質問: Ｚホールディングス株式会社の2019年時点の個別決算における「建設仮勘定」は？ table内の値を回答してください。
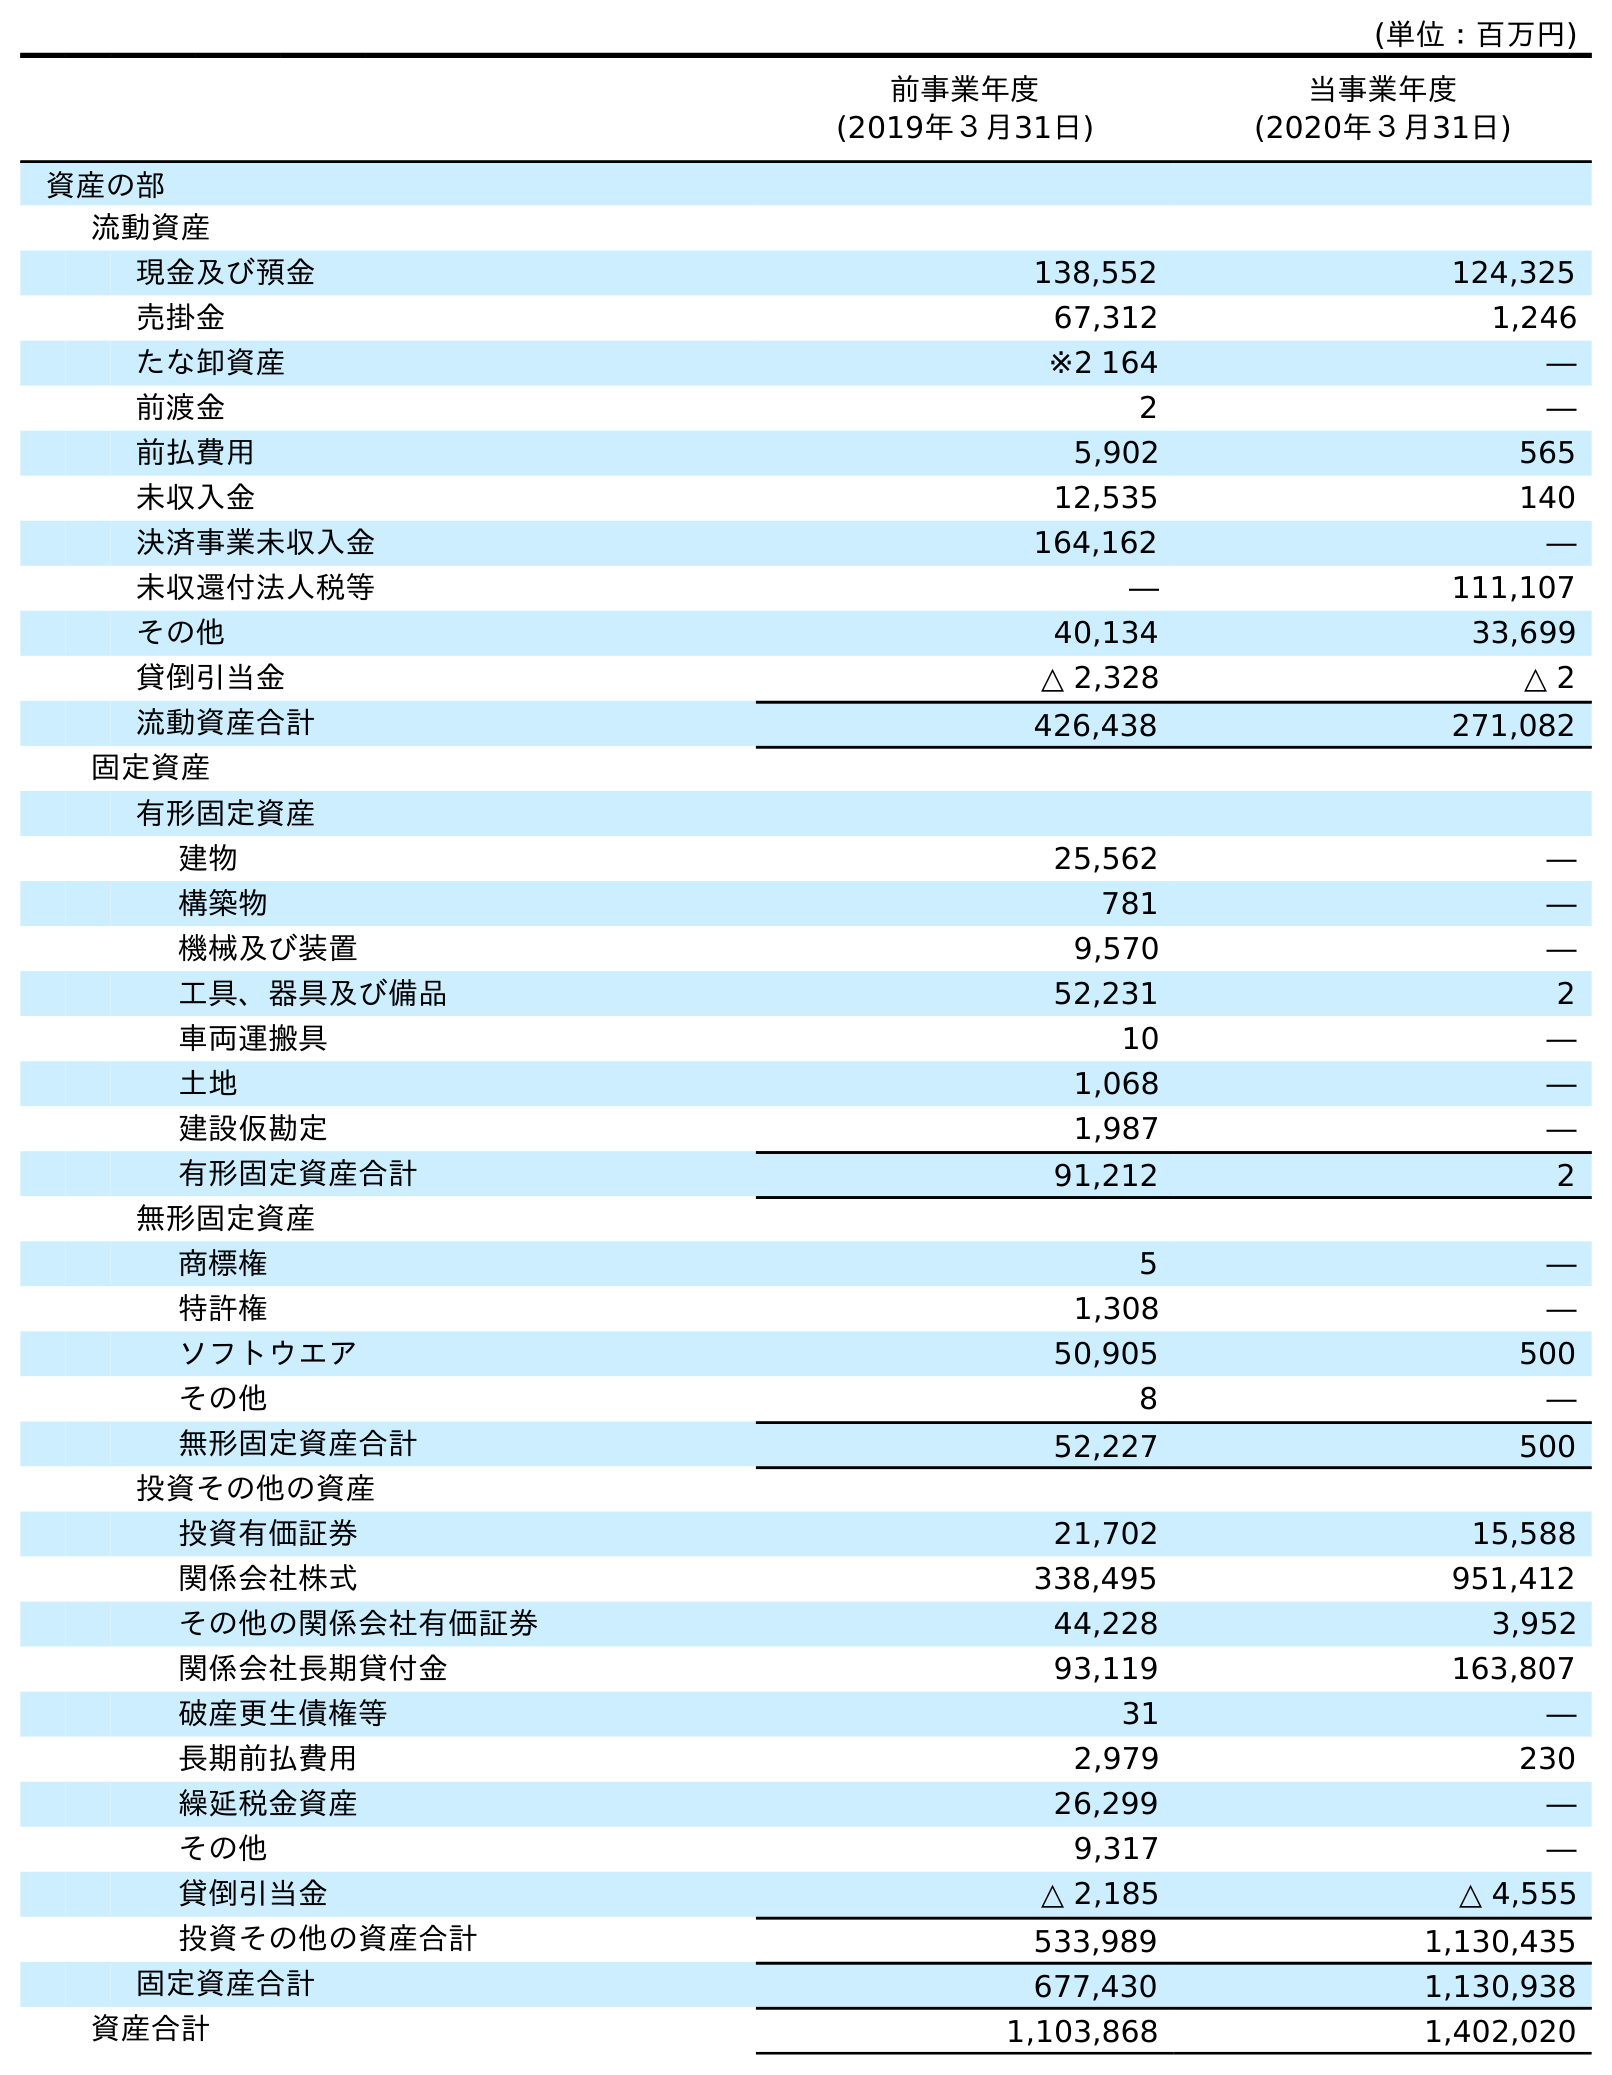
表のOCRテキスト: (単位：百万円) 前事業年度 (2019年３月31日) 当事業年度 (2020年３月31日) 資産の部 流動資産 現金及び預金 138,552 124,325 売掛金 67,312 1,246 たな卸資産 ※2 164 ― 前渡金 2 ― 前払費用 5,902 565 未収入金 12,535 140 決済事業未収入金 164,162 ― 未収還付法人税等 ― 111,107 その他 40,134 33,699 貸倒引当金 △ 2,328 △ 2 流動資産合計 426,438 271,082 固定資産 有形固定資産 建物 25,562 ― 構築物 781 ― 機械及び装置 9,570 ― 工具、器具及び備品 52,231 2 車両運搬具 10 ― 土地 1,068 ― 建設仮勘定 1,987 ― 有形固定資産合計 91,212 2 無形固定資産 商標権 5 ― 特許権 1,308 ― ソフトウエア 50,905 500 その他 8 ― 無形固定資産合計 52,227 500 投資その他の資産 投資有価証券 21,702 15,588 関係会社株式 338,495 951,412 その他の関係会社有価証券 44,228 3,952 関係会社長期貸付金 93,119 163,807 破産更生債権等 31 ― 長期前払費用 2,979 230 繰延税金資産 26,299 ― その他 9,317 ― 貸倒引当金 △ 2,185 △ 4,555 投資その他の資産合計 533,989 1,130,435 固定資産合計 677,430 1,130,938 資産合計 1,103,868 1,402,020
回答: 1,987